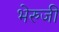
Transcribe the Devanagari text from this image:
भेरुजी